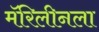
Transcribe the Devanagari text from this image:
मॅरिलीनला